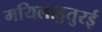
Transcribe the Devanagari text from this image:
मयिलाडुतुरई